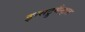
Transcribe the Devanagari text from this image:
इन्सट्रुमैन्ट्स